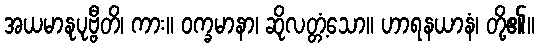
အယမာနုပုဗ္ဗီတိ၊ ကား။ ဝက္ခမာနာ၊ ဆိုလတ္တံ့သော။ ဟာရနယာနံ၊ တို့၏။